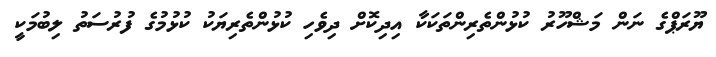
ޔޫރަޕްގެ ނަން މަޝްހޫރު ކުޅުންތެރިންތަކަކާ އިދިކޮށް ދިވެހި ކުޅުންތެރިޔަކު ކުޅުމުގެ ފުރުސަތު ލިބުމަކީ